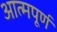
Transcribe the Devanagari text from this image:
आत्मपूर्ण